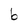
Character: b